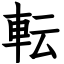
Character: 転